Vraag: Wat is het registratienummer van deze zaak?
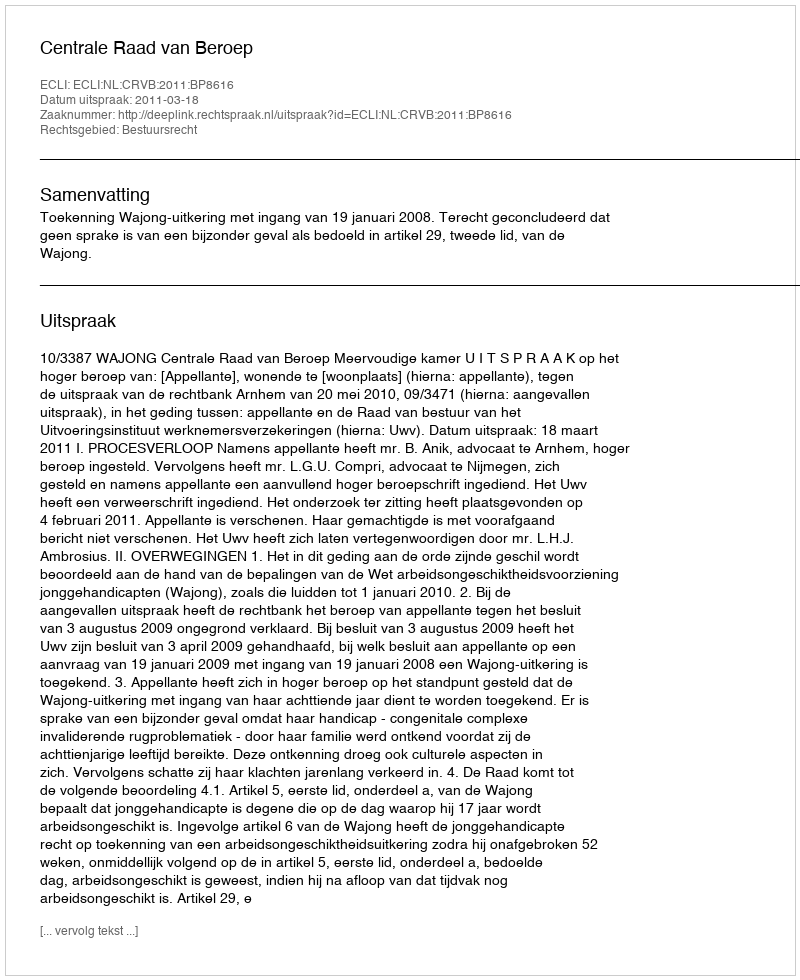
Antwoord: http://deeplink.rechtspraak.nl/uitspraak?id=ECLI:NL:CRVB:2011:BP8616